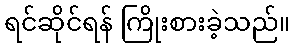
ရင်ဆိုင်ရန် ကြိုးစားခဲ့သည်။